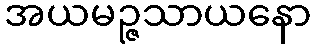
အယမဉ္ဇသာယနော